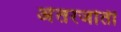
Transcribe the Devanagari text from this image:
अंतरजोती